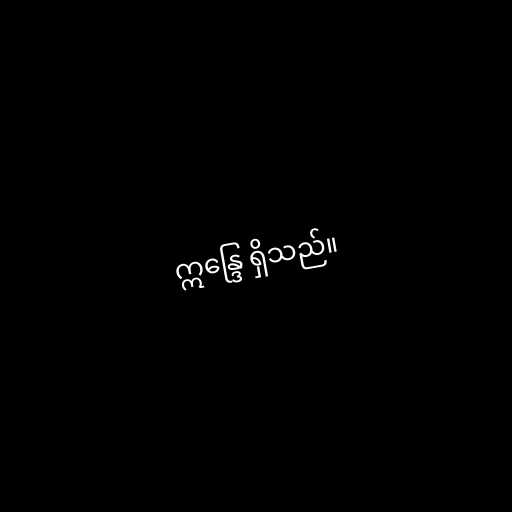
ဣန္ဒြေ ရှိသည်။